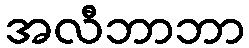
အလီဘာဘာ